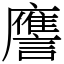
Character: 譍